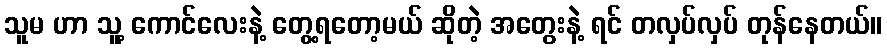
သူမ ဟာ သူ့ ကောင်လေးနဲ့ တွေ့ရတော့မယ် ဆိုတဲ့ အတွေးနဲ့ ရင် တလှပ်လှပ် တုန်နေတယ်။